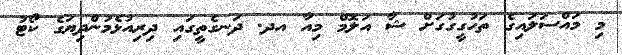
މި މައްސަލައިގެ ތަހުގީގުގަށް ޝާ އަލޮމް މިއާ އދ. ދަނގެތީގައި ދިރިއުޅެމުންދިޔަގެ ކޯޓު